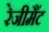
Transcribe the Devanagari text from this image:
रेजीमैंट